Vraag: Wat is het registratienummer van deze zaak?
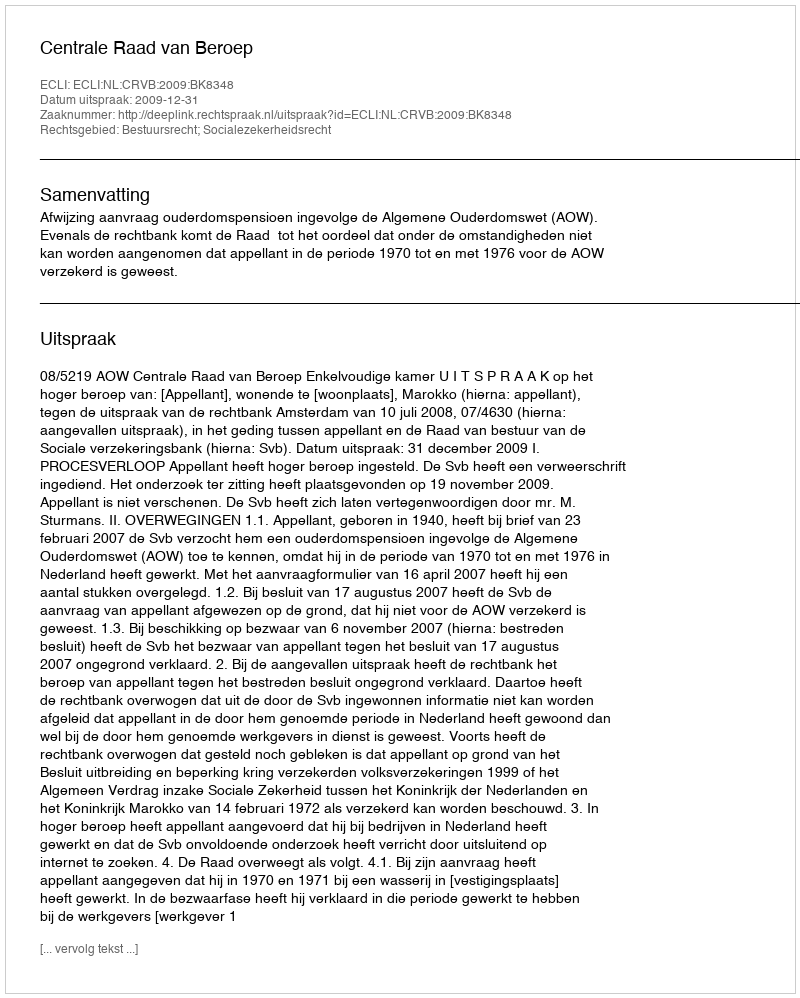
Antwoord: http://deeplink.rechtspraak.nl/uitspraak?id=ECLI:NL:CRVB:2009:BK8348